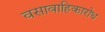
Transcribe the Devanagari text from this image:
वसावाहिकारोध